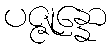
ပဇ္ဇုန္နော